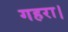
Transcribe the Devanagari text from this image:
गहरा।